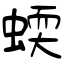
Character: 蝡